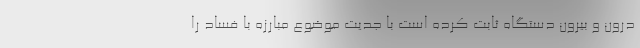
درون و بیرون دستگاه ثابت کرده است با جدیت موضوع مبارزه با فساد را